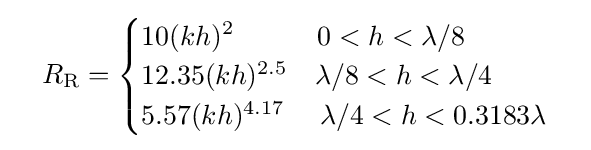
\quad R_{\text{R}}={\begin{cases}10(kh)^{2}\qquad \quad 0<h<\lambda /8\\12.35(kh)^{2.5}\quad \lambda /8<h<\lambda /4\\5.57(kh)^{4.17}\;\quad \lambda /4<h<0.3183\lambda \end{cases}}